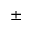
\pm